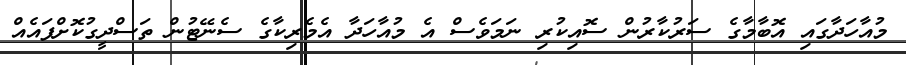
މުއާހަދާގައި އޮބާމާގެ ސަރުކާރުން ސޮއިކުރި ނަމަވެސް އެ މުއާހަދާ އެމެރިކާގެ ސެނޭޓުން ތަސްދީގުކޮށްފައެއް